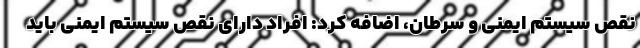
نقص سیستم ایمنی و سرطان، اضافه کرد: افراد دارای نقص سیستم ایمنی باید